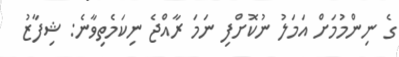
ގެ ނިންމުމަށް އަމަލު ނުކޮށްފި ނަމަ ރާއްޖެ ނިކަމެތިވާނެ: ޝިފާޒު